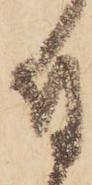
付